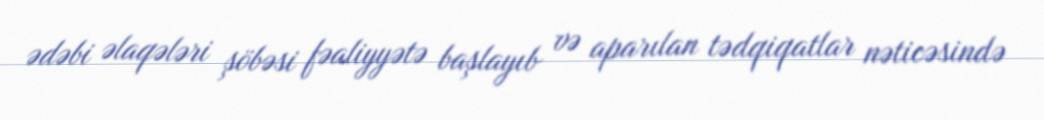
ədəbi əlaqələri şöbəsi fəaliyyətə başlayıb və aparılan tədqiqatlar nəticəsində